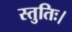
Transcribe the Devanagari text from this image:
स्तुतिः।